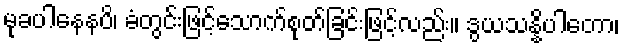
မုခပါနေနပိ၊ ခံတွင်းဖြင့်သောက်စုတ်ခြင်းဖြင့်လည်း။ ဒွယသန္နိပါတော၊